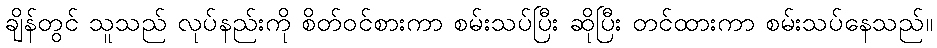
ချိန်တွင် သူသည် လုပ်နည်းကို စိတ်ဝင်စားကာ စမ်းသပ်ပြီး ဆိုပြီး တင်ထားကာ စမ်းသပ်နေသည်။